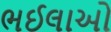
ભઈલાઓ